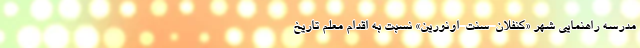
مدرسه راهنماییِ شهر «کنفلان-سنت-اونورین» نسبت به اقدام معلم تاریخ